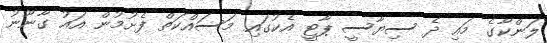
ލަންކާގެ މައި ދެ ސިޔާސީ ޕާޓީ އެކުގައި މަސައްކަތް ފެށުމުން އައު ގާނޫނު